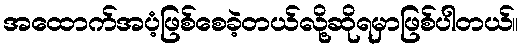
အထောက်အပံ့ဖြစ်စေခဲ့တယ်လို့ဆိုရမှာဖြစ်ပါတယ်။